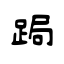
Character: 跼